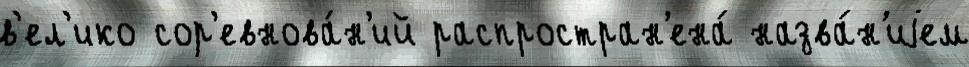
в'ел'ико сор'евнова́н'ий распростран'ена́ назва́н'иjем